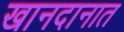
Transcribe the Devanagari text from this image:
खानदानात